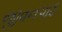
જીવનપાઠ